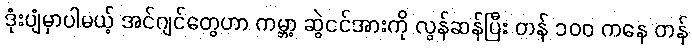
ဒုံးပျံမှာပါမယ့် အင်ဂျင်တွေဟာ ကမ္ဘာ့ ဆွဲငင်အားကို လွန်ဆန်ပြီး တန် ၁၀၀ ကနေ တန်